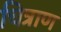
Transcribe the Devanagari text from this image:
चित्राण